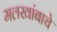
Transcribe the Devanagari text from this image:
मलखांबाचे